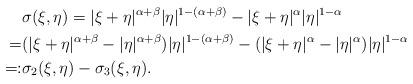
LaTeX: \begin{align*} &\sigma(\xi,\eta)= |\xi+\eta|^{\alpha+\beta} |\eta|^{1-(\alpha+\beta)} - |\xi+\eta|^{\alpha} |\eta|^{1-\alpha} \\ =& (|\xi+\eta|^{\alpha+\beta} - |\eta|^{\alpha+\beta}) |\eta|^{1-(\alpha+\beta)} -(|\xi+\eta|^{\alpha} - |\eta|^{\alpha}) |\eta|^{1- \alpha} \\ =: & \sigma_2(\xi,\eta) - \sigma_3(\xi,\eta). \end{align*}